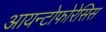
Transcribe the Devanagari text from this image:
आयन्टोफोरेसिस